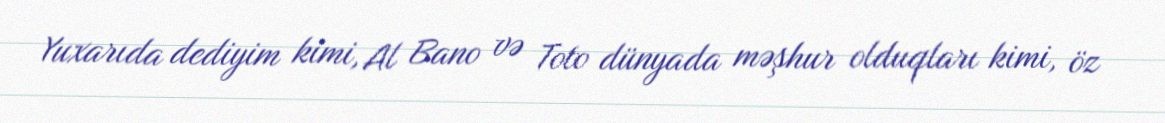
Yuxarıda dediyim kimi, Al Bano və Toto dünyada məşhur olduqları kimi, öz